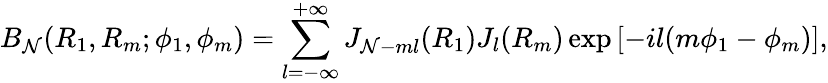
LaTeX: B_{\mathcal{N}}(R_{1},R_{m};\phi_{1},\phi_{m})=\sum_{l=-\infty}^{+\infty}J_{\mathcal{N}-ml}(R_{1})J_{l}(R_{m})\exp{[-il(m\phi_{1}-\phi_{m})]},